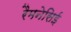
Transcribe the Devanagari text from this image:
रैमनेसिई